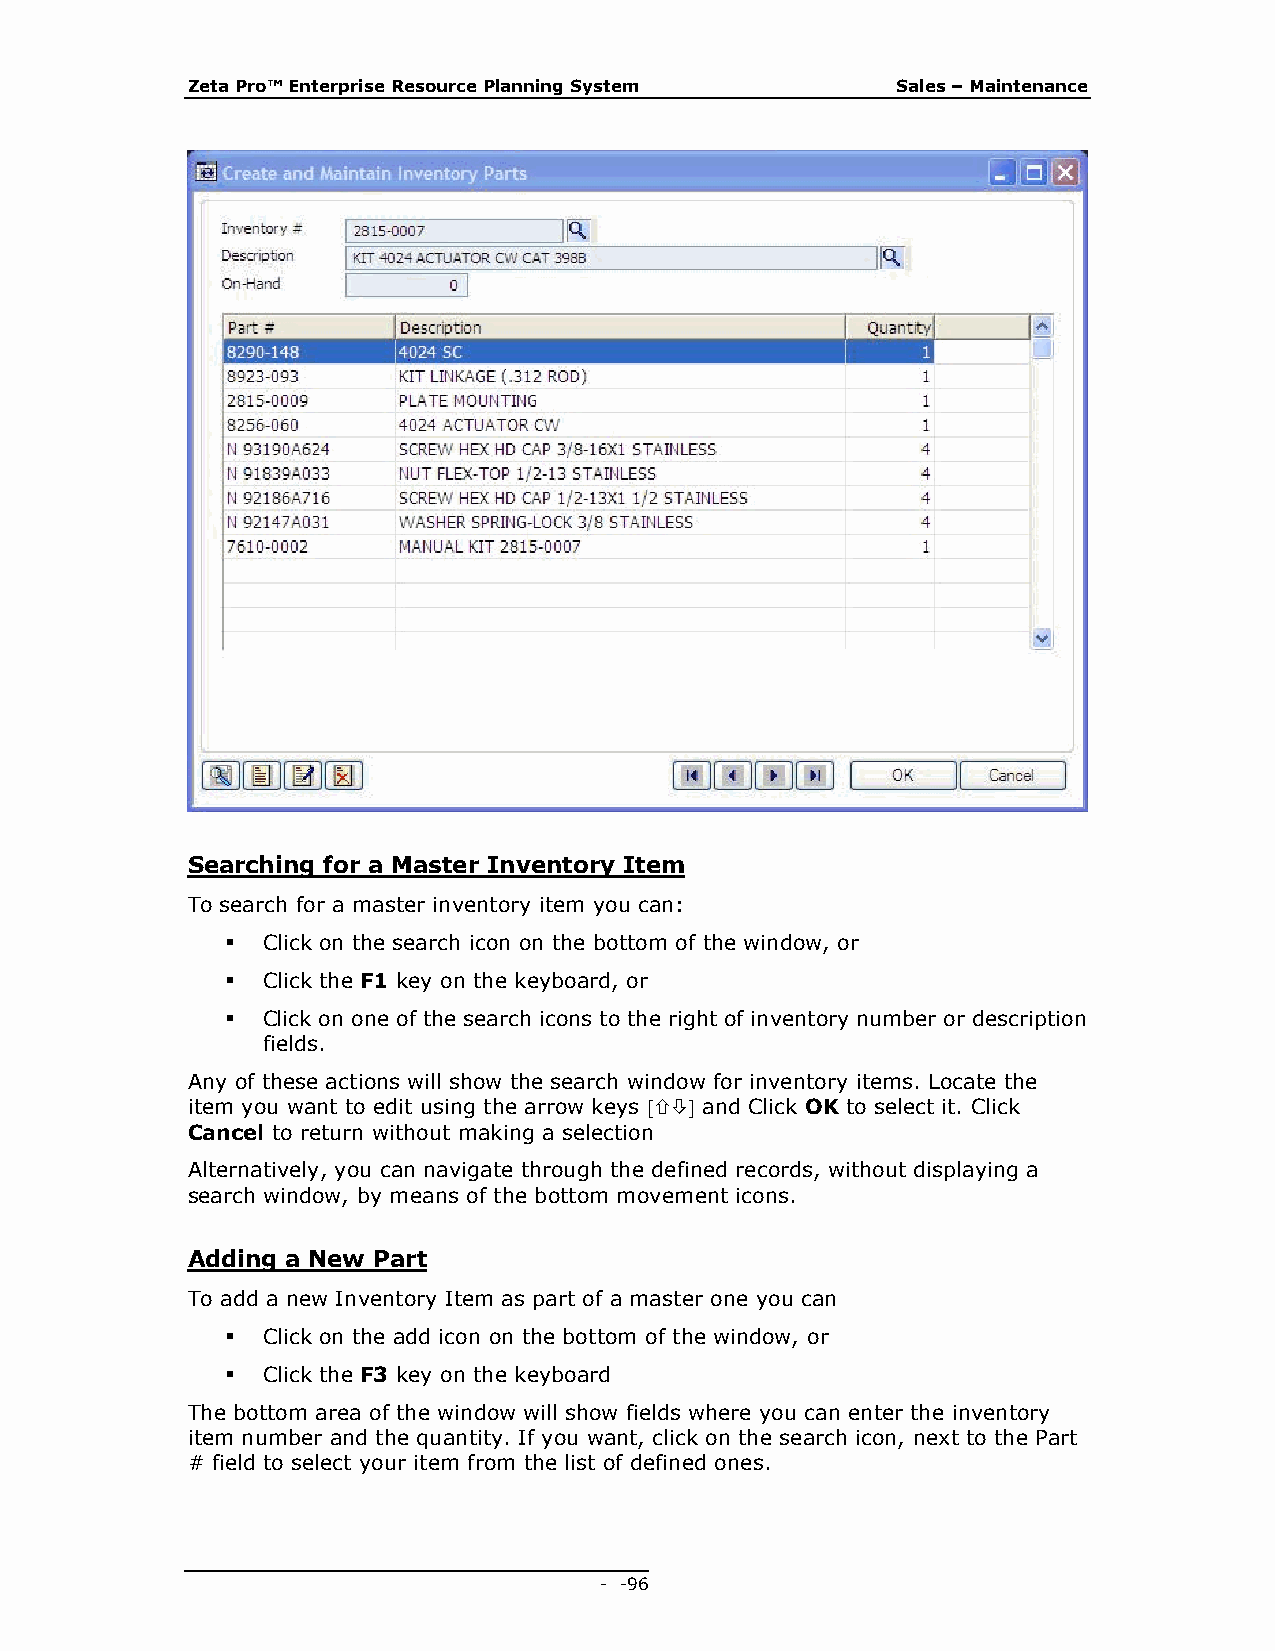
Zeta Pro™ Enterprise Resource Planning System  Sales – Maintenance
 Searching for a Master Inventory Item
 To search for a master inventory item you can:
  Click on the search icon on the bottom of the window, or
  Click the F1 key on the keyboard, or
  Click on one of the search icons to the right of inventory number or description
 fields.
 Any of these actions will show the search window for inventory items. Locate the
 item you want to edit using the arrow keys  and Click OK to select it. Click
 Cancel to return without making a selection
 Alternatively, you can navigate through the defined records, without displaying a
 search window, by means of the bottom movement icons.
 Adding a New Part
 To add a new Inventory Item as part of a master one you can
  Click on the add icon on the bottom of the window, or
  Click the F3 key on the keyboard
 The bottom area of the window will show fields where you can enter the inventory
 item number and the quantity. If you want, click on the search icon, next to the Part
 # field to select your item from the list of defined ones.
 - - 96